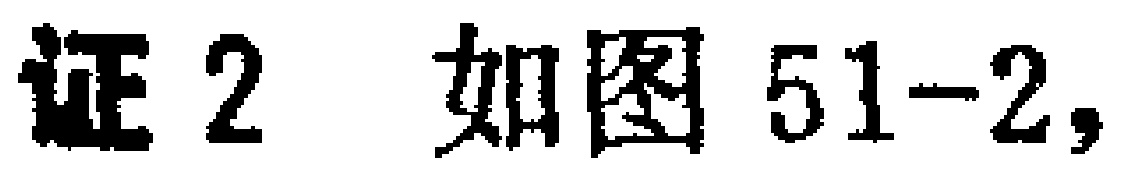
证2 如图51-2,